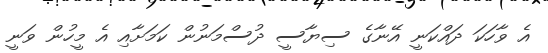
އެ ވާހަކަ ދައްކަނީ އޭނާގެ ސިޔާސީ ދުސްމަނުން ކަމަށާއި އެ މީހުން ވަނީ